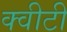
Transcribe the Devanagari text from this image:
क्‍वीटी